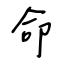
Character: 命